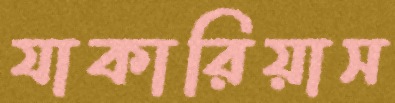
যাকারিয়াস